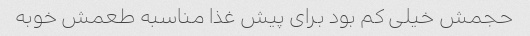
حجمش خیلی کم بود برای پیش غذا مناسبه طعمش خوبه